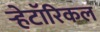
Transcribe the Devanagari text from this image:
ऱ्हेटॉरिकल